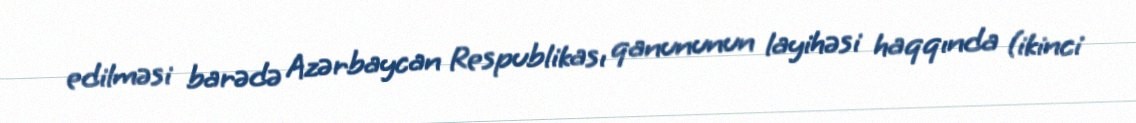
edilməsi barədə Azərbaycan Respublikası qanununun layihəsi haqqında (ikinci